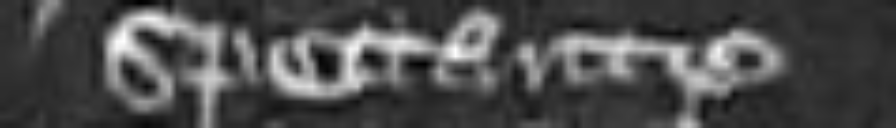
spectante